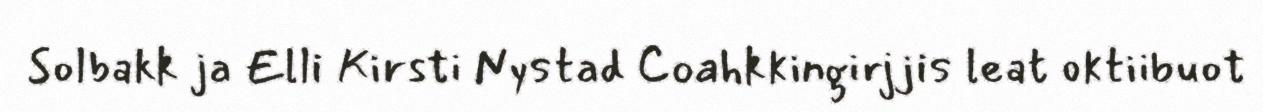
Solbakk ja Elli Kirsti Nystad Coahkkingirjjis leat oktiibuot